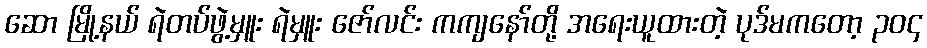
ဆော မြို့နယ် ရဲတပ်ဖွဲ့မှူး ရဲမှူး ဇော်လင်း ကကျနော်တို့ အရေးယူထားတဲ့ ပုဒ်မကတော့ ၃၀၄